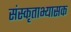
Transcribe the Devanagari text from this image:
संस्कृताभ्यासक